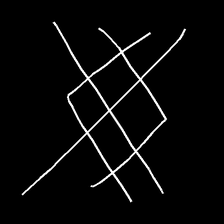
Glyph: crystal